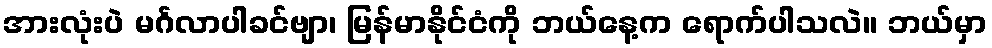
အားလုံးပဲ မင်္ဂလာပါခင်ဗျာ၊ မြန်မာနိုင်ငံကို ဘယ်နေ့က ရောက်ပါသလဲ။ ဘယ်မှာ